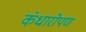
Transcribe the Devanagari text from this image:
कंधारोपण